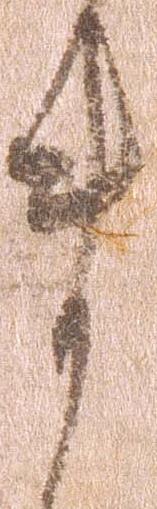
ま